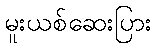
မူးယစ်ဆေးပြား